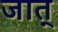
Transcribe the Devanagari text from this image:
जात्